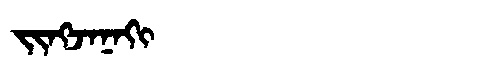
Manchu: ᠵᡳᠩᠵᠠᠨᠠᡴᡳ
Romanization: JINGJANAKI